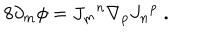
LaTeX: 8 \partial _ { m } \phi = { J _ { m } } ^ { n } \nabla _ { p } { J _ { n } } ^ { p } \; .